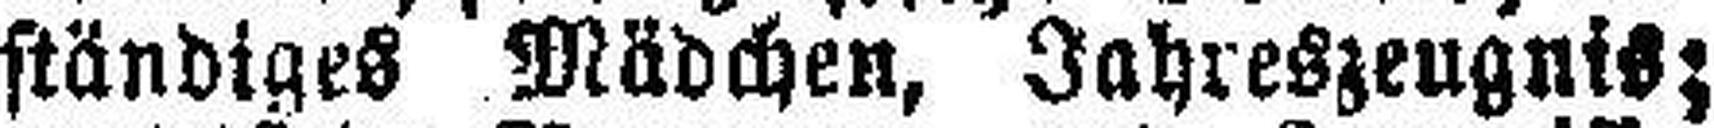
ständiges Mädchen, Jahreszeugnis;